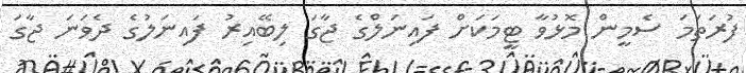
ފުރަތަމަ ސެމީން މޮޅުވާ ޓީމަކަށް ފައިނަލްގެ ޖާގަ ލިބޭއިރު ފައިނަލުގެ ދެވަނަ ޖާގަ